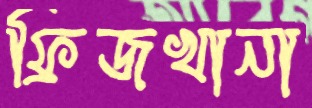
ফ্রিজখানা